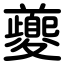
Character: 夔